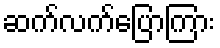
ဆက်လက်ပြောကြား